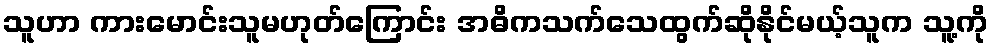
သူဟာ ကားမောင်းသူမဟုတ်ကြောင်း အဓိကသက်သေထွက်ဆိုနိုင်မယ့်သူက သူ့ကို